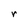
Character: r